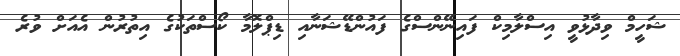
ޝަހީމް ވިދާޅުވީ އިސްލާމިކް ފައިނޭންސްގެ ފައުންޑޭޝަނާއި ޑިޕްލޮމާ ކޯސްތަކުގެ އިތުރުން އެއަށް ވުރެ